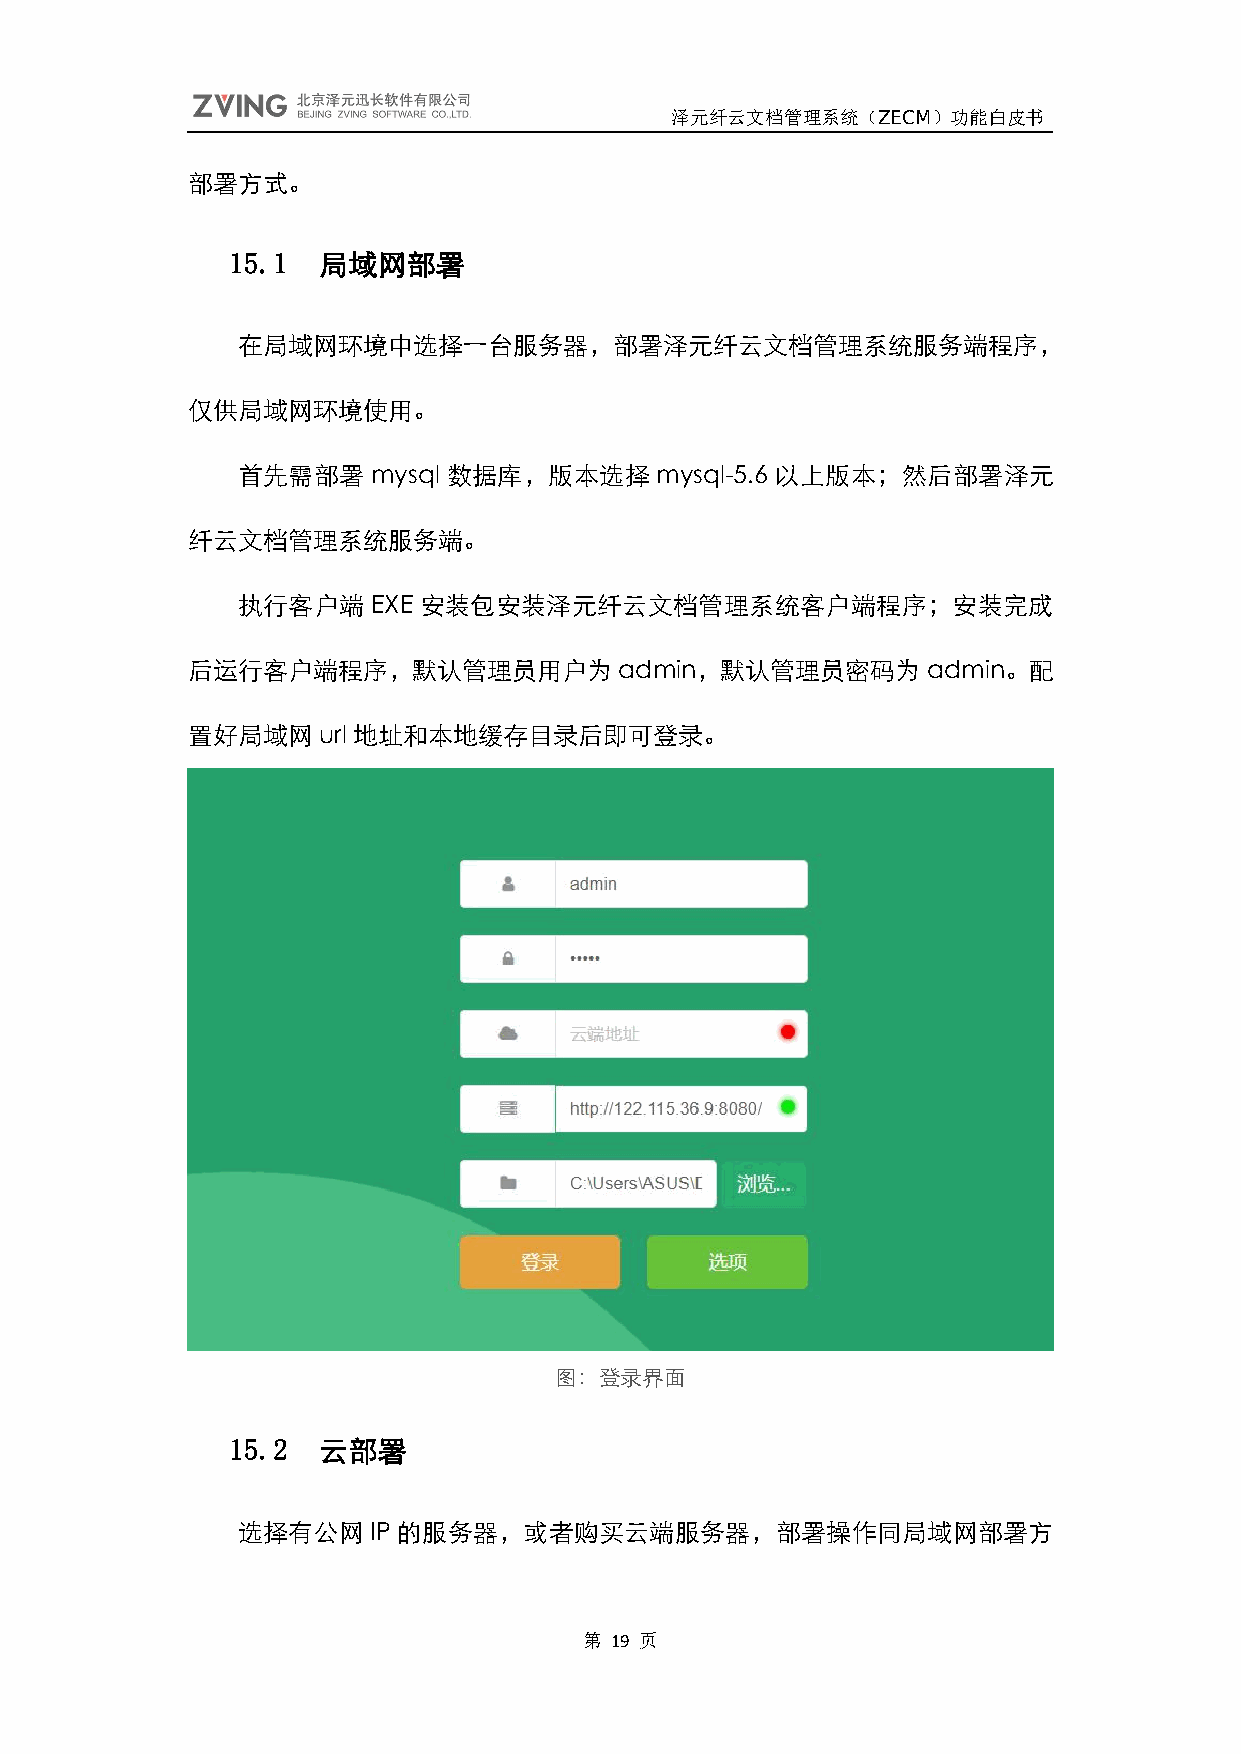
泽元纤云文档管理系统（ZECM）功能白皮书
 部署方式。
 15.1  局域网部署
 在局域网环境中选择一台服务器，部署泽元纤云文档管理系统服务端程序，
 仅供局域网环境使用。
 首先需部署    mysql 数据库，版本选择    mysql-5.6 以上版本；然后部署泽元
 纤云文档管理系统服务端。
 执行客户端    EXE 安装包安装泽元纤云文档管理系统客户端程序；安装完成
 后运行客户端程序，默认管理员用户为            admin，默认管理员密码为      admin。配
 置好局域网url   地址和本地缓存目录后即可登录。
 图：登录界面
 15.2  云部署
 选择有公网   IP的服务器，或者购买云端服务器，部署操作同局域网部署方
 第 19 页